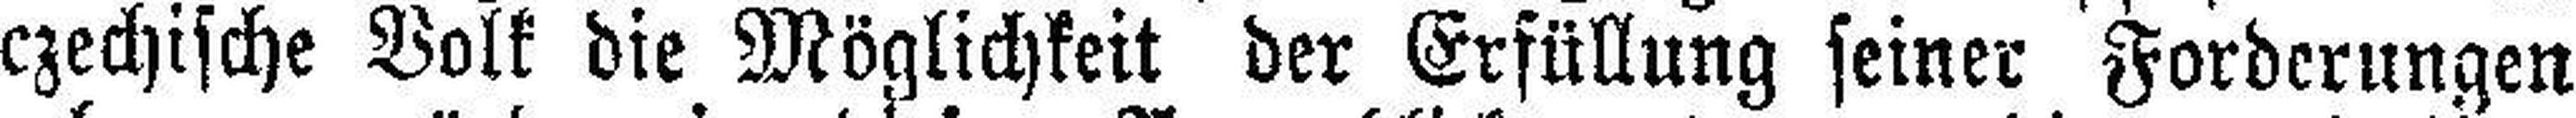
czechische Volk die Möglichkeit der Erfüllung seiner Forderungen